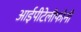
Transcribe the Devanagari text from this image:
आईपीटेलीफोनी